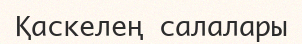
Қаскелең салалары